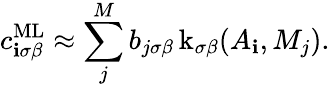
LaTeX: c_{\mathbf{i}\sigma\beta}^{\textrm{{ML}}}\approx\sum_{j}^{M}b_{j\sigma\beta}\operatorname{k}_{\sigma\beta}(A_{\mathbf{i}},M_{j}).